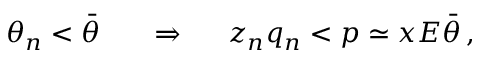
\theta _ { n } < \bar { \theta } \; \; \; \; \; \; \Rightarrow \; \; \; \; \; z _ { n } q _ { n } < p \simeq x E \bar { \theta } \, ,